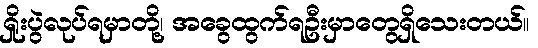
ရှိုးပွဲလုပ်ရမှာတို့၊ အခွေထွက်ရဦးမှာတွေရှိသေးတယ်။